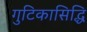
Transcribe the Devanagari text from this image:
गुटिकासिद्धि